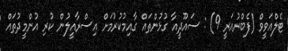
ޓެލްއަވީވް (ފެބްރުއަރީ 9) : ސައޫދީއާ ގުޅުންތައް ގާއިމުކުރުމަށް އިސްރާއީލުން ކުރި އުންމީދުތައް